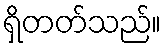
ရှိတတ်သည်။